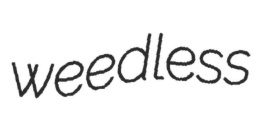
weedless